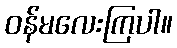
ဝန်မလေးကြပါ။